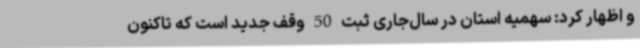
و اظهار کرد: سهمیه استان در سال‌جاری ثبت 50 وقف جدید است که تاکنون